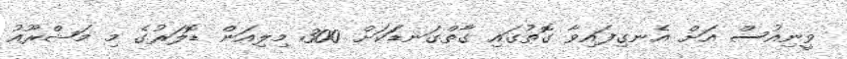
ވީނިއުސް އަށް އެނގިފައިވާ ގޮތުގައި ގާތްގަނޑަަކަށް 300 މިލިއަން ޑޮލަރުގެ މި މަޝްރޫއު